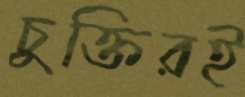
চুক্তিরই